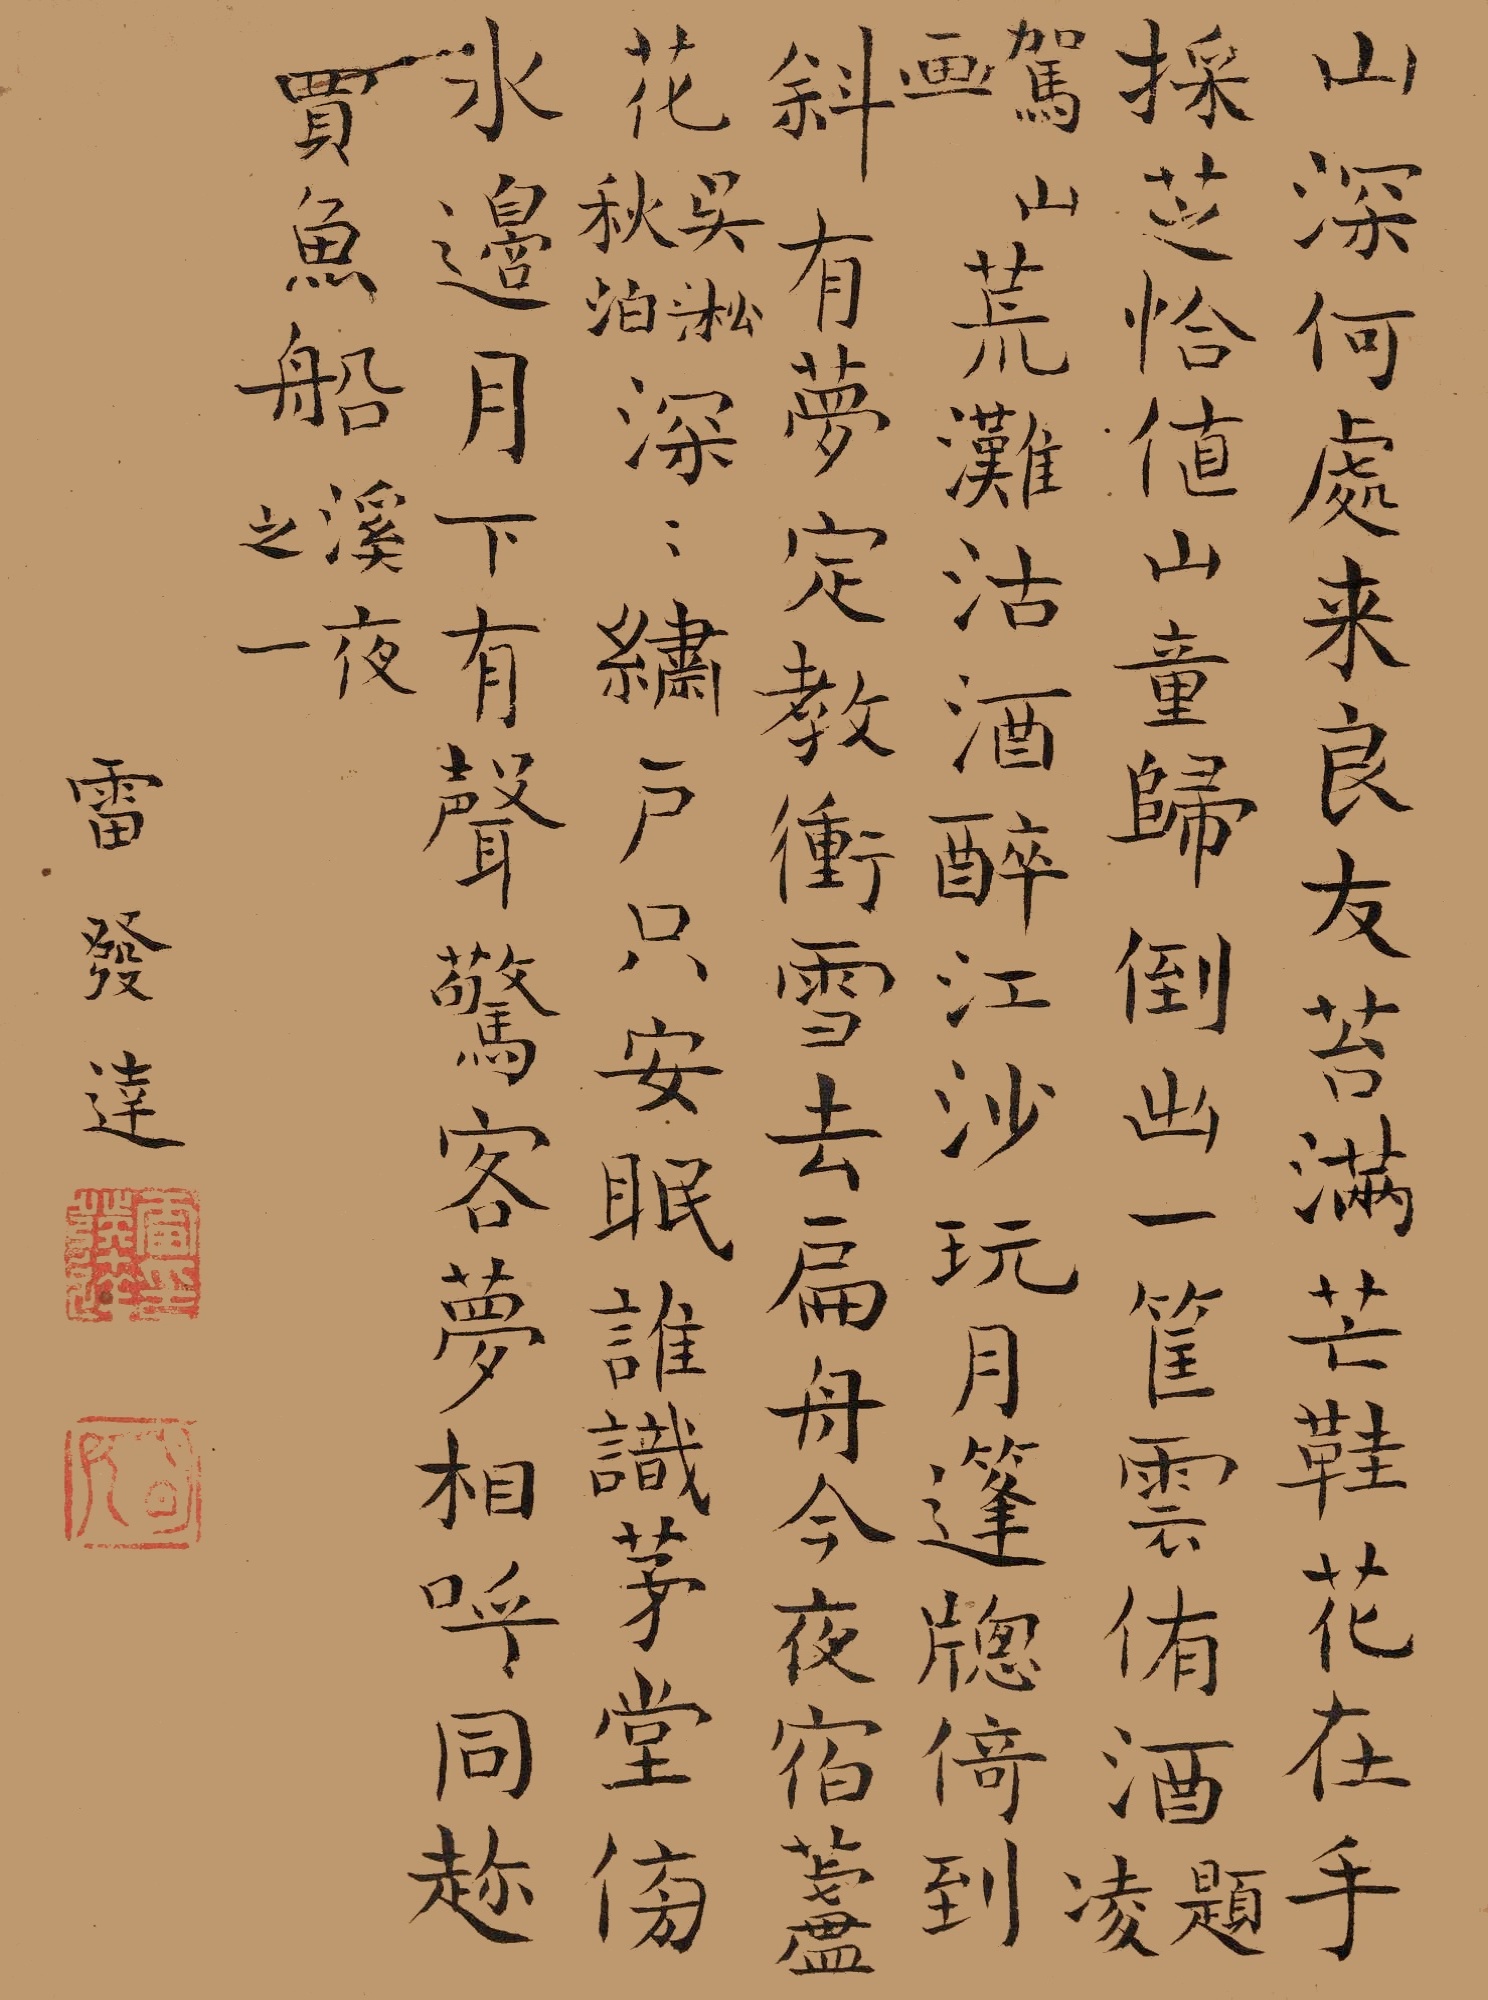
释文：山深何处来良友，苔满芒鞋花在手。采芝恰值山童归，倒出一筐云侑酒。（题凌驾山画）荒滩沽酒醉江沙，玩月篷窗倚到斜。有梦定教冲雪去，扁舟今夜宿芦花。吴淞秋泊。深深绣户只安眠，谁识茅堂傍水边。月下有声惊客梦，相呼同趂买渔船。溪夜之一。雷发达。